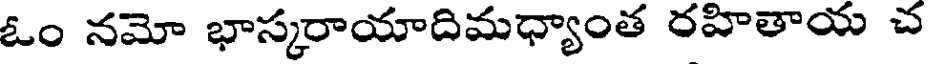
ఓం నమో భాస్కరాయాదిమధ్యాంత రహితాయ చ